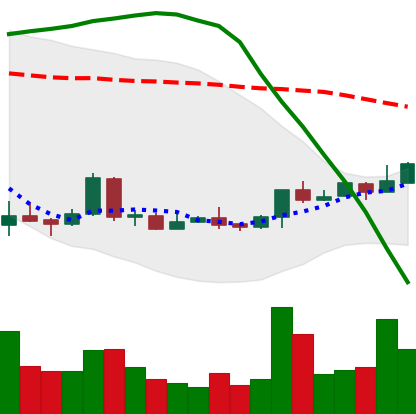
Ticker: LTC-USD
Chart end date: 2018-04-18
Forward return: 8.754%
Label: up_7plus